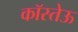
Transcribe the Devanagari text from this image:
कॉस्तेऊ